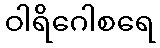
ဝါရိဂေါစရေ